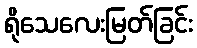
ရိုသေလေးမြတ်ခြင်း